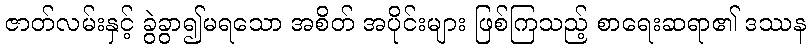
ဇာတ်လမ်းနှင့် ခွဲခွာ၍မရသော အစိတ် အပိုင်းများ ဖြစ်ကြသည့် စာရေးဆရာ၏ ဒဿန